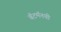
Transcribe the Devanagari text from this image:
बॅटमॅनची